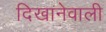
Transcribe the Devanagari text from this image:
दिखानेवाली